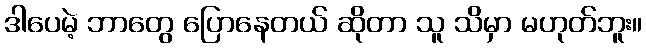
ဒါပေမဲ့ ဘာတွေ ပြောနေတယ် ဆိုတာ သူ သိမှာ မဟုတ်ဘူး။